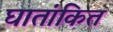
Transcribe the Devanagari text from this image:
घातांकित